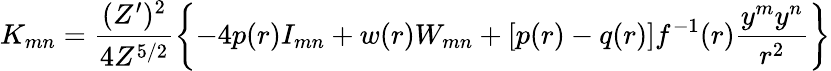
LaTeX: K_{mn}=\frac{(Z^{\prime})^{2}}{4Z^{5/2}}\left\{ -4p(r)I_{mn}+w(r)W_{mn}+[p(r)-q(r)]f^{-1}(r)\frac{y^{m}y^{n}}{r^{2}}\right\}